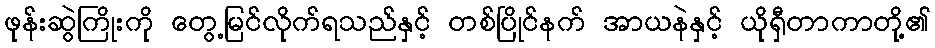
ဖုန်းဆွဲကြိုးကို တွေ့မြင်လိုက်ရသည်နှင့် တစ်ပြိုင်နက် အာယနဲနှင့် ယိုရှီတာကာတို့၏